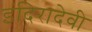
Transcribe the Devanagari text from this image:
इंदिरादेवी